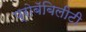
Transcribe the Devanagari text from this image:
प्रोबॅबिलीटी